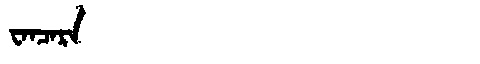
Manchu: ᠸᠠᠨᠴᠠᡵᠠ
Romanization: WANCARA